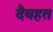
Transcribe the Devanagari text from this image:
दैवहत